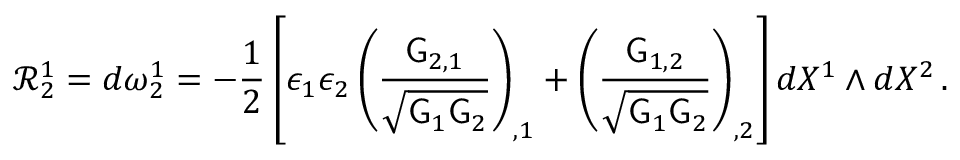
\mathcal { R } ^ { 1 } _ { 2 } = d \omega ^ { 1 } _ { 2 } = - \frac { 1 } { 2 } \left[ \epsilon _ { 1 } \epsilon _ { 2 } \left( \frac { \mathsf { G } _ { 2 , 1 } } { \sqrt { \mathsf { G } _ { 1 } \mathsf { G } _ { 2 } } } \right) _ { , 1 } + \left( \frac { \mathsf { G } _ { 1 , 2 } } { \sqrt { \mathsf { G } _ { 1 } \mathsf { G } _ { 2 } } } \right) _ { , 2 } \right] d X ^ { 1 } \wedge d X ^ { 2 } \, .